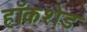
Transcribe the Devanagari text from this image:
हॉकशेड